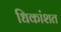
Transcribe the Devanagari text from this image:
धिकांशत